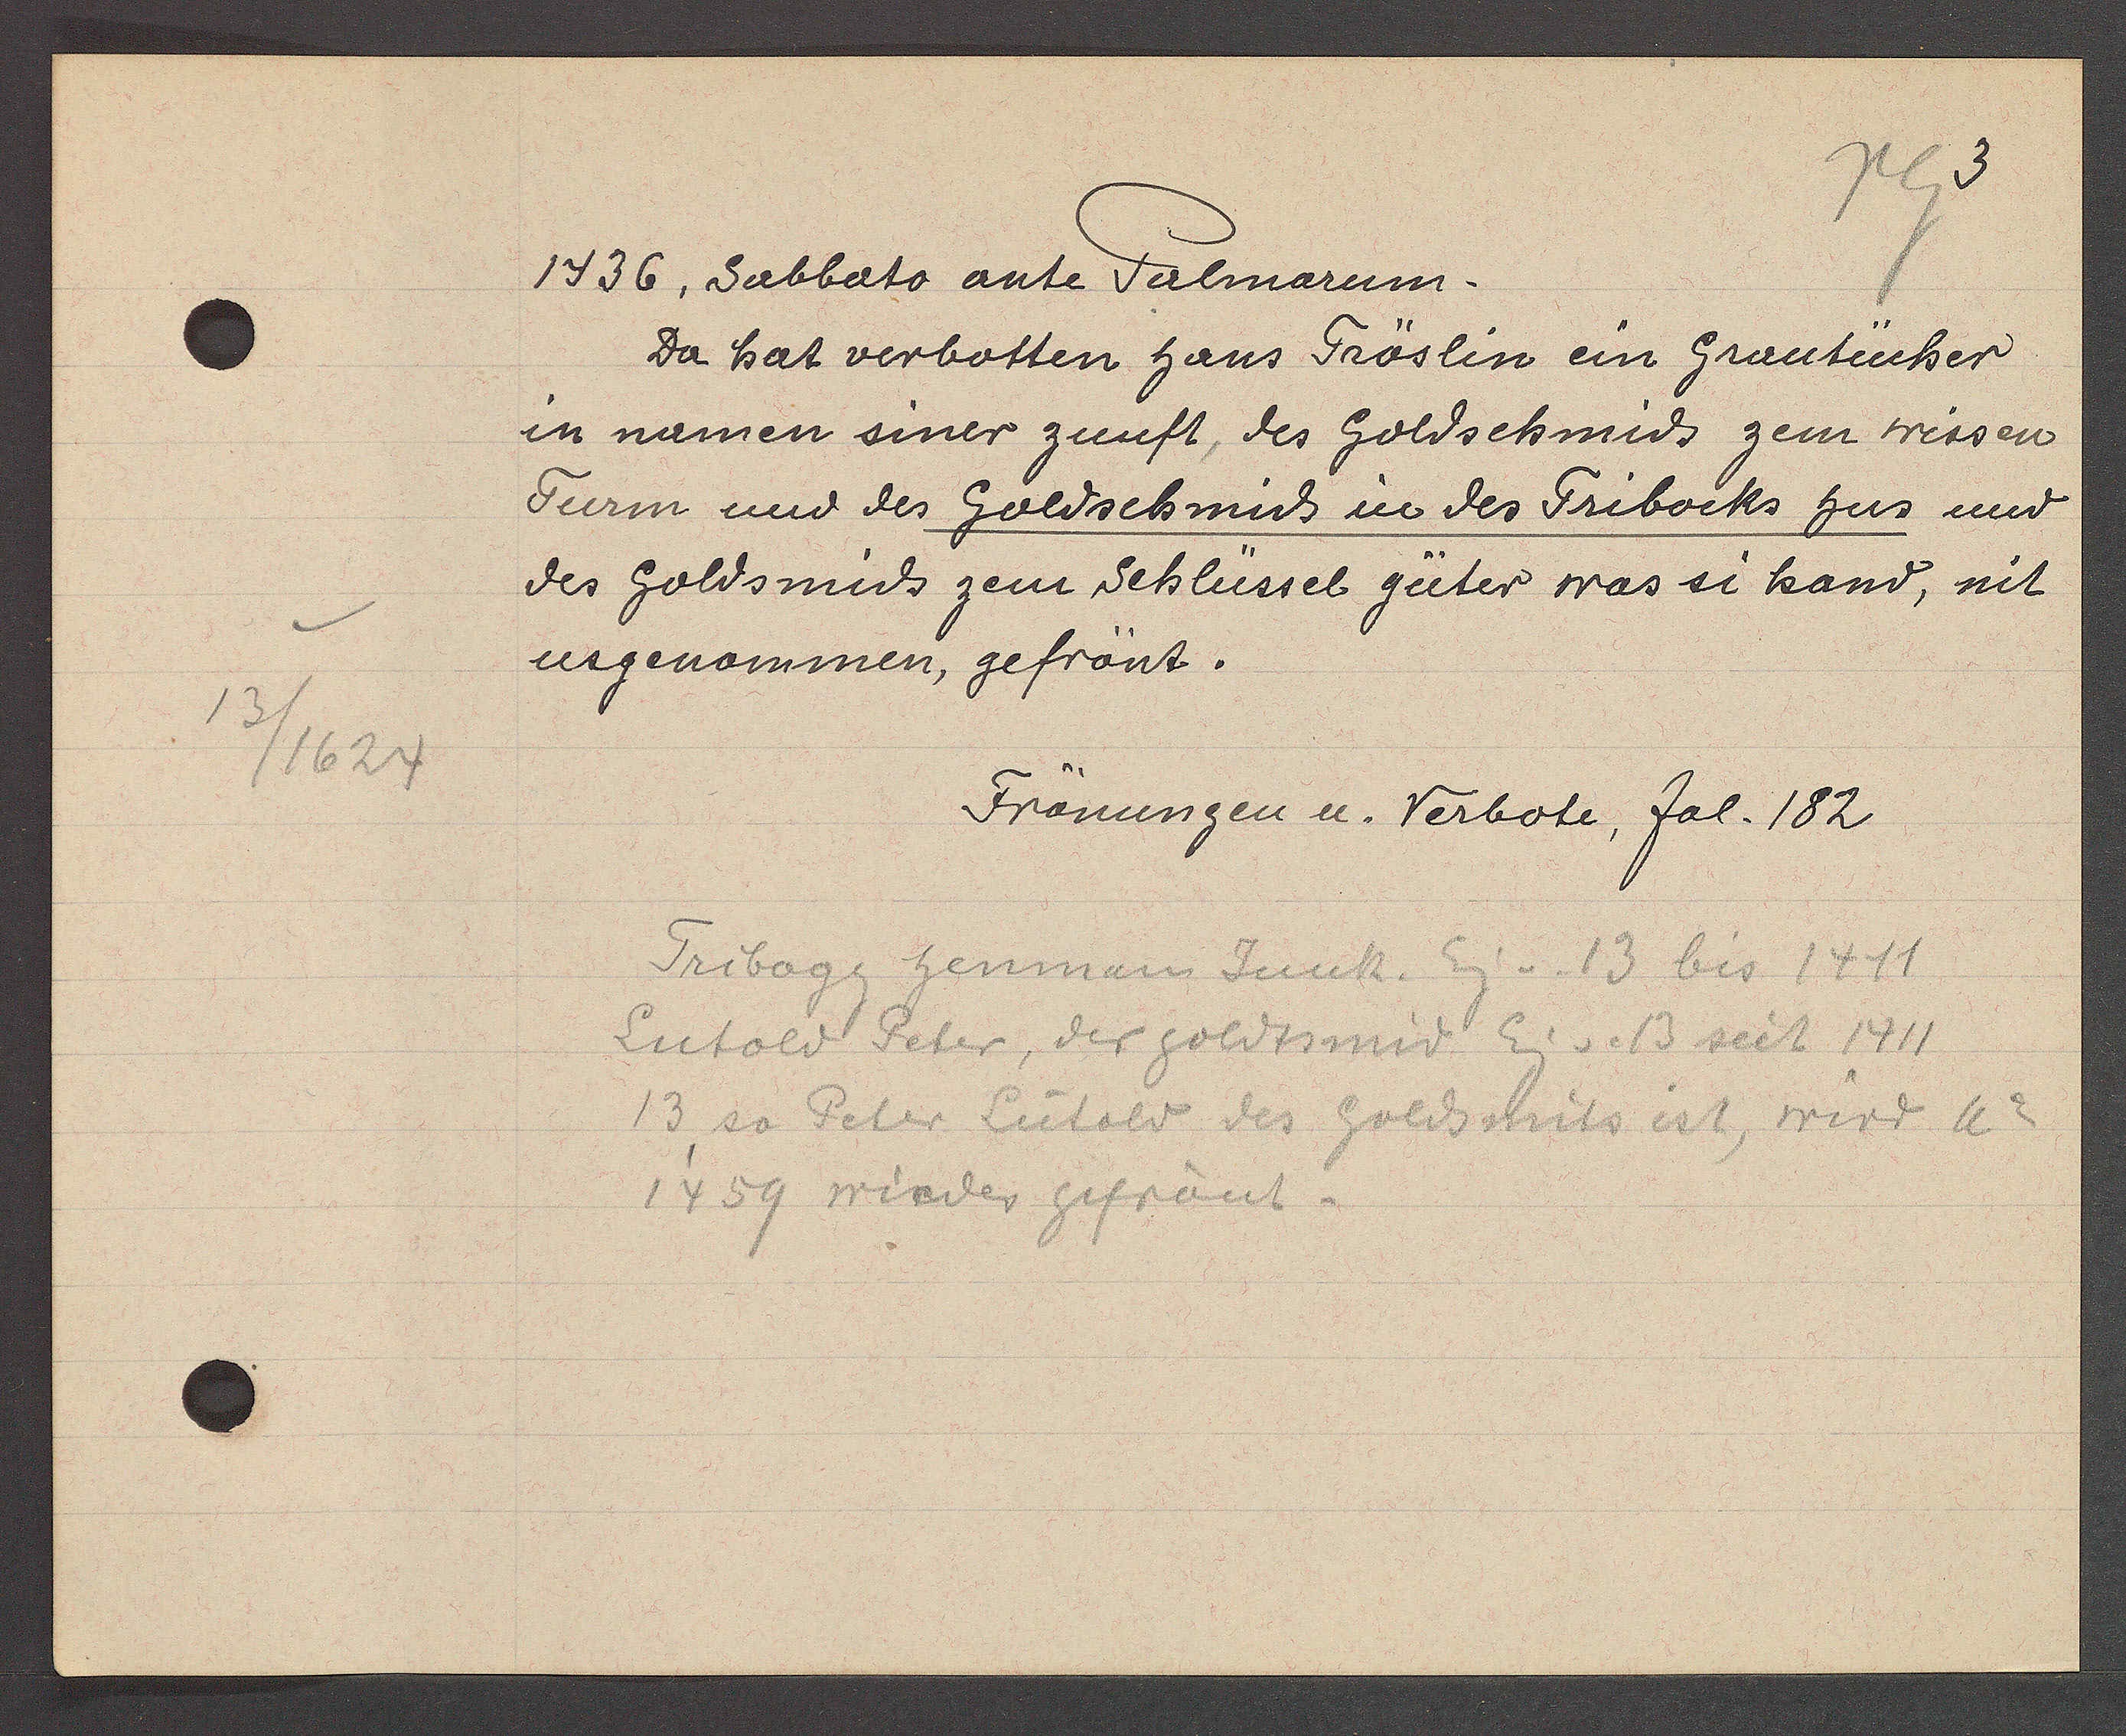
Transcript:
13/1624

1436, Sabbato ante Palmarum.

Da hat verbotten haus Fröslin ein Grautücher
in namen siner zunft, des Goldschmids zem wissen
Turm und des Goldschmid in des Tribocks hus und
des Goldsmids zem Schlüssel güter was si hand, nit
usgenommen, gefrönt.

Frönungen u. Verbote, fol. 182

Tribogg henman Junk. Eig v. 13 bis 1411
Lutold Peter, der goldsmid Eig v. 13 seit 1411
13 so Peter Lütold des Goldsmits ist, wird ao
1459 wiedes gefrönt.